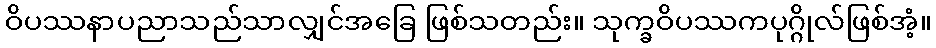
ဝိပဿနာပညာသည်သာလျှင်အခြေ ဖြစ်သတည်း။ သုက္ခဝိပဿကပုဂ္ဂိုလ်ဖြစ်အံ့။